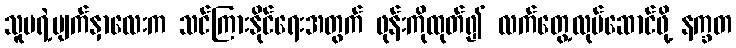
သူမရဲ့မျက်နှာလေးက သင်ကြားနိုင်ရေးအတွက် ဖုန်းကိုထုတ်၍ လက်တွေ့လုပ်ဆောင်ဖို့ နက္ခတ